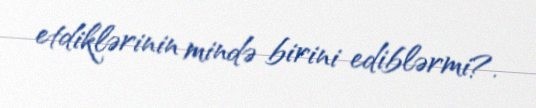
etdiklərinin mində birini ediblərmi?.